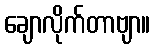
ချောလိုက်တာဗျာ။